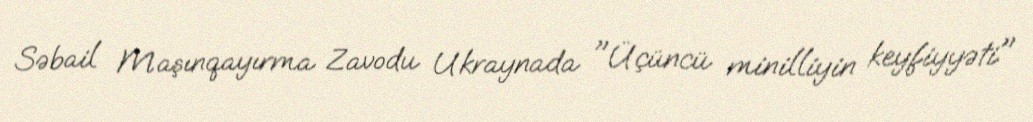
Səbail Maşınqayırma Zavodu Ukraynada "Üçüncü minilliyin keyfiyyəti"